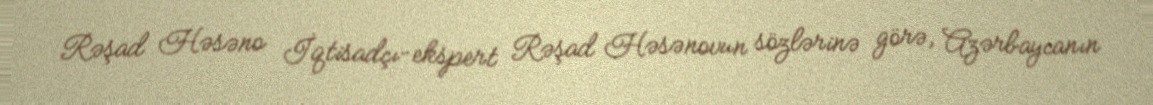
Rəşad Həsəno İqtisadçı-ekspert Rəşad Həsənovun sözlərinə görə, Azərbaycanın